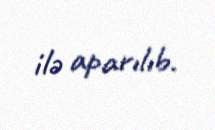
ilə aparılıb.